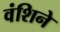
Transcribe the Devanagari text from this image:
वंशिने